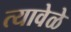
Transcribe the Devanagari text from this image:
त्यावेळे